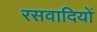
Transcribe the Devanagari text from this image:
रसवादियों